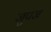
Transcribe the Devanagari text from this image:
जुपज